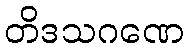
တိဒသဂဏေ